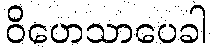
ဝိဟေသာပေခါ